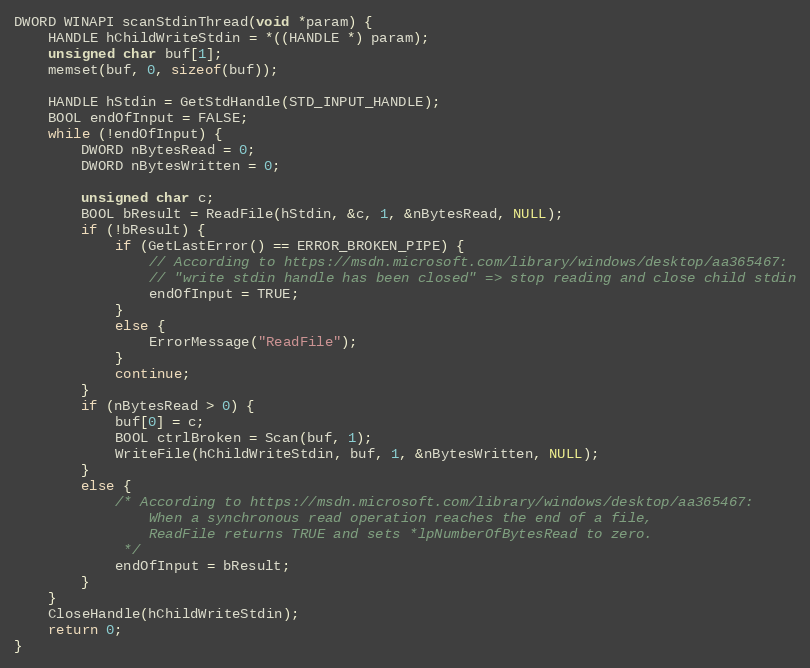
Language: C++
DWORD WINAPI scanStdinThread(void *param) {
	HANDLE hChildWriteStdin = *((HANDLE *) param);
	unsigned char buf[1];
	memset(buf, 0, sizeof(buf));

	HANDLE hStdin = GetStdHandle(STD_INPUT_HANDLE);
	BOOL endOfInput = FALSE;
	while (!endOfInput) {
		DWORD nBytesRead = 0;
		DWORD nBytesWritten = 0;

		unsigned char c;
		BOOL bResult = ReadFile(hStdin, &c, 1, &nBytesRead, NULL);
		if (!bResult) {
			if (GetLastError() == ERROR_BROKEN_PIPE) {
				// According to https://msdn.microsoft.com/library/windows/desktop/aa365467:
				// "write stdin handle has been closed" => stop reading and close child stdin
				endOfInput = TRUE;
			}
			else {
				ErrorMessage("ReadFile");
			}
			continue;
		}
		if (nBytesRead > 0) {
			buf[0] = c;
			BOOL ctrlBroken = Scan(buf, 1);
			WriteFile(hChildWriteStdin, buf, 1, &nBytesWritten, NULL);
		}
		else {
			/* According to https://msdn.microsoft.com/library/windows/desktop/aa365467:
				When a synchronous read operation reaches the end of a file,
				ReadFile returns TRUE and sets *lpNumberOfBytesRead to zero.
			 */
			endOfInput = bResult;
		}
	}
	CloseHandle(hChildWriteStdin);
	return 0;
}